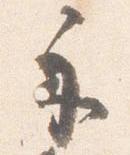
示